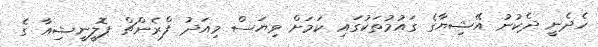
ހެދެނީ ދެކުނު އޭޝިޔާގެ ގައުމުތަކުގައި ކަމަށް ވިޔަސް މިއަދު ފްރެންޗް ޕޮލީނީޝިއާ ގެ